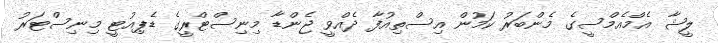
ލީޝާ އެމްއެމްސީގެ މެންބަރު ކަމުން އިސްތިއުފާ ދެއްވީ ޖެންޑާ މިނިސްޓްރީގެ ޑެޕިއުޓީ މިނިސްޓަރު